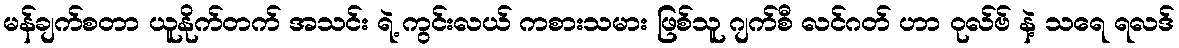
မန်ချက်စတာ ယူနိုက်တက် အသင်း ရဲ့ ကွင်းလယ် ကစားသမား ဖြစ်သူ ဂျက်စီ လင်ဂတ် ဟာ ဝုလ်ဗ် နဲ့ သရေ ရလဒ်